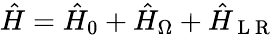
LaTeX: \hat{H}=\hat{H}_{0}+\hat{H}_{\Omega}+\hat{H}_{\mathrm{~L~R~}}